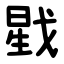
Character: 戥